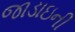
જાડાઇની